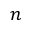
n